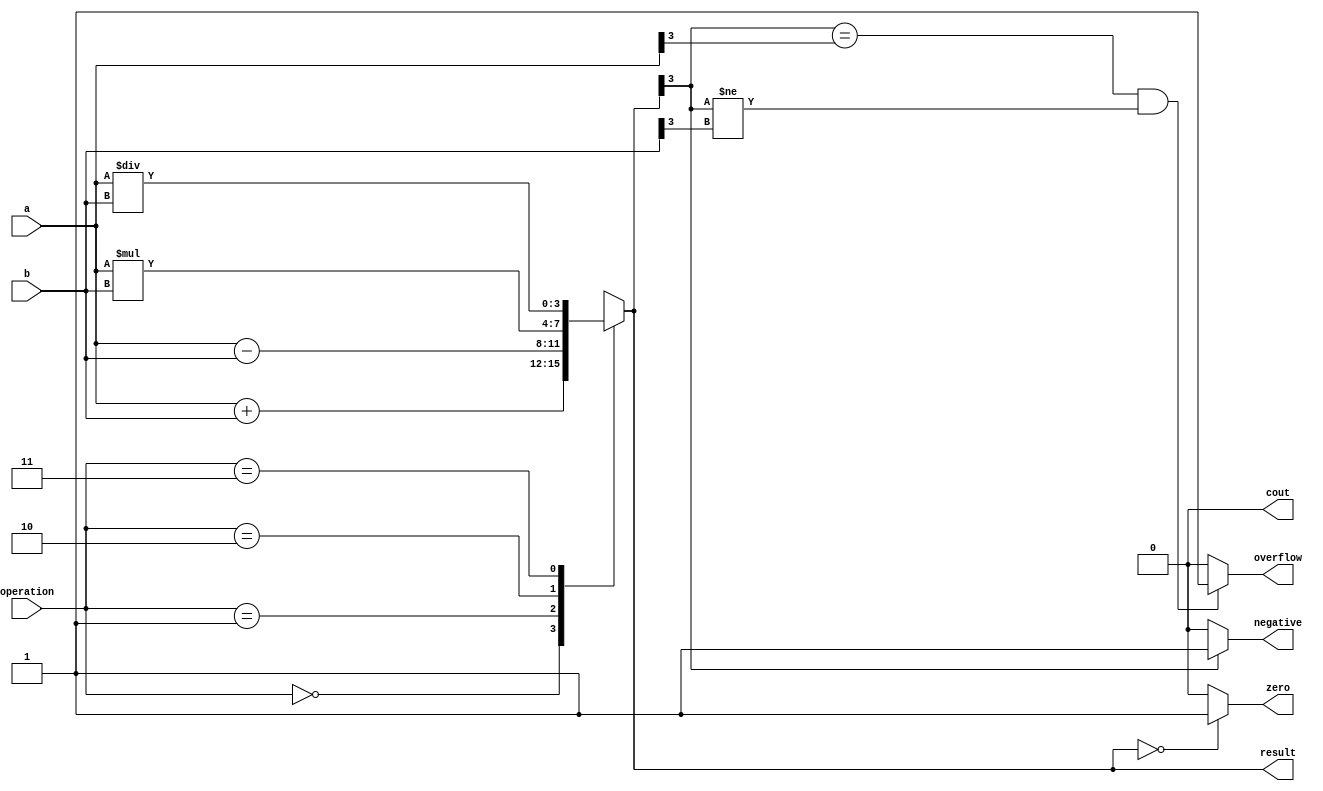
module ALU (
    input [3:0] a, b,
    input [1:0] operation,
    output reg [3:0] result,
    output reg cout, overflow, zero, negative
);

always @(a, b, operation) begin
    case(operation)
        2'b00: begin // Addition
            result = a + b;
        end
        2'b01: begin // Subtraction
            result = a - b;
        end
        2'b10: begin // Multiplication
            result = a * b;
        end
        2'b11: begin // Division
            result = a / b;
        end
        default: begin
            result = 4'b0000;
        end
    endcase

    // Flags logic
    cout = (result[4] == 1) ? 1 : 0; // Carry out flag
    overflow = (result[3] == a[3] && result[3] != b[3]) ? 1 : 0; // Overflow flag
    zero = (result == 4'b0000) ? 1 : 0; // Zero flag
    negative = (result[3] == 1) ? 1 : 0; // Negative flag
end

endmodule